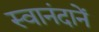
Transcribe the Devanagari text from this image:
स्वानंदानें